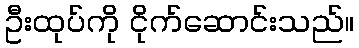
ဦးထုပ်ကို ငိုက်ဆောင်းသည်။